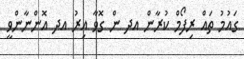
ގައުމު ތައް ރިފޯމް ކުރާން އދ ން ގޮވާ އިރު އދ އޮންނާންވީ